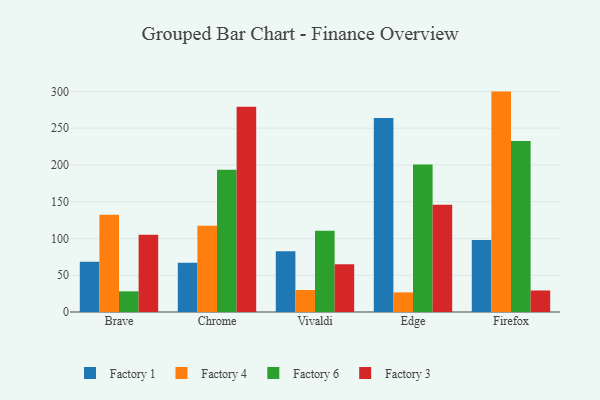
{"axis": {"x": "Browser", "y": "Conversion Rate (%)"}, "legend": ["Factory 1", "Factory 3", "Factory 4", "Factory 6"], "data": [{"x": "Brave", "y": 68.5, "type": "Factory 1"}, {"x": "Brave", "y": 132.4, "type": "Factory 4"}, {"x": "Brave", "y": 28.1, "type": "Factory 6"}, {"x": "Brave", "y": 105.1, "type": "Factory 3"}, {"x": "Chrome", "y": 67.1, "type": "Factory 1"}, {"x": "Chrome", "y": 117.2, "type": "Factory 4"}, {"x": "Chrome", "y": 193.6, "type": "Factory 6"}, {"x": "Chrome", "y": 279.3, "type": "Factory 3"}, {"x": "Vivaldi", "y": 82.5, "type": "Factory 1"}, {"x": "Vivaldi", "y": 29.9, "type": "Factory 4"}, {"x": "Vivaldi", "y": 110.4, "type": "Factory 6"}, {"x": "Vivaldi", "y": 64.9, "type": "Factory 3"}, {"x": "Edge", "y": 263.8, "type": "Factory 1"}, {"x": "Edge", "y": 26.7, "type": "Factory 4"}, {"x": "Edge", "y": 200.7, "type": "Factory 6"}, {"x": "Edge", "y": 145.9, "type": "Factory 3"}, {"x": "Firefox", "y": 97.9, "type": "Factory 1"}, {"x": "Firefox", "y": 299.8, "type": "Factory 4"}, {"x": "Firefox", "y": 232.6, "type": "Factory 6"}, {"x": "Firefox", "y": 29.3, "type": "Factory 3"}]}